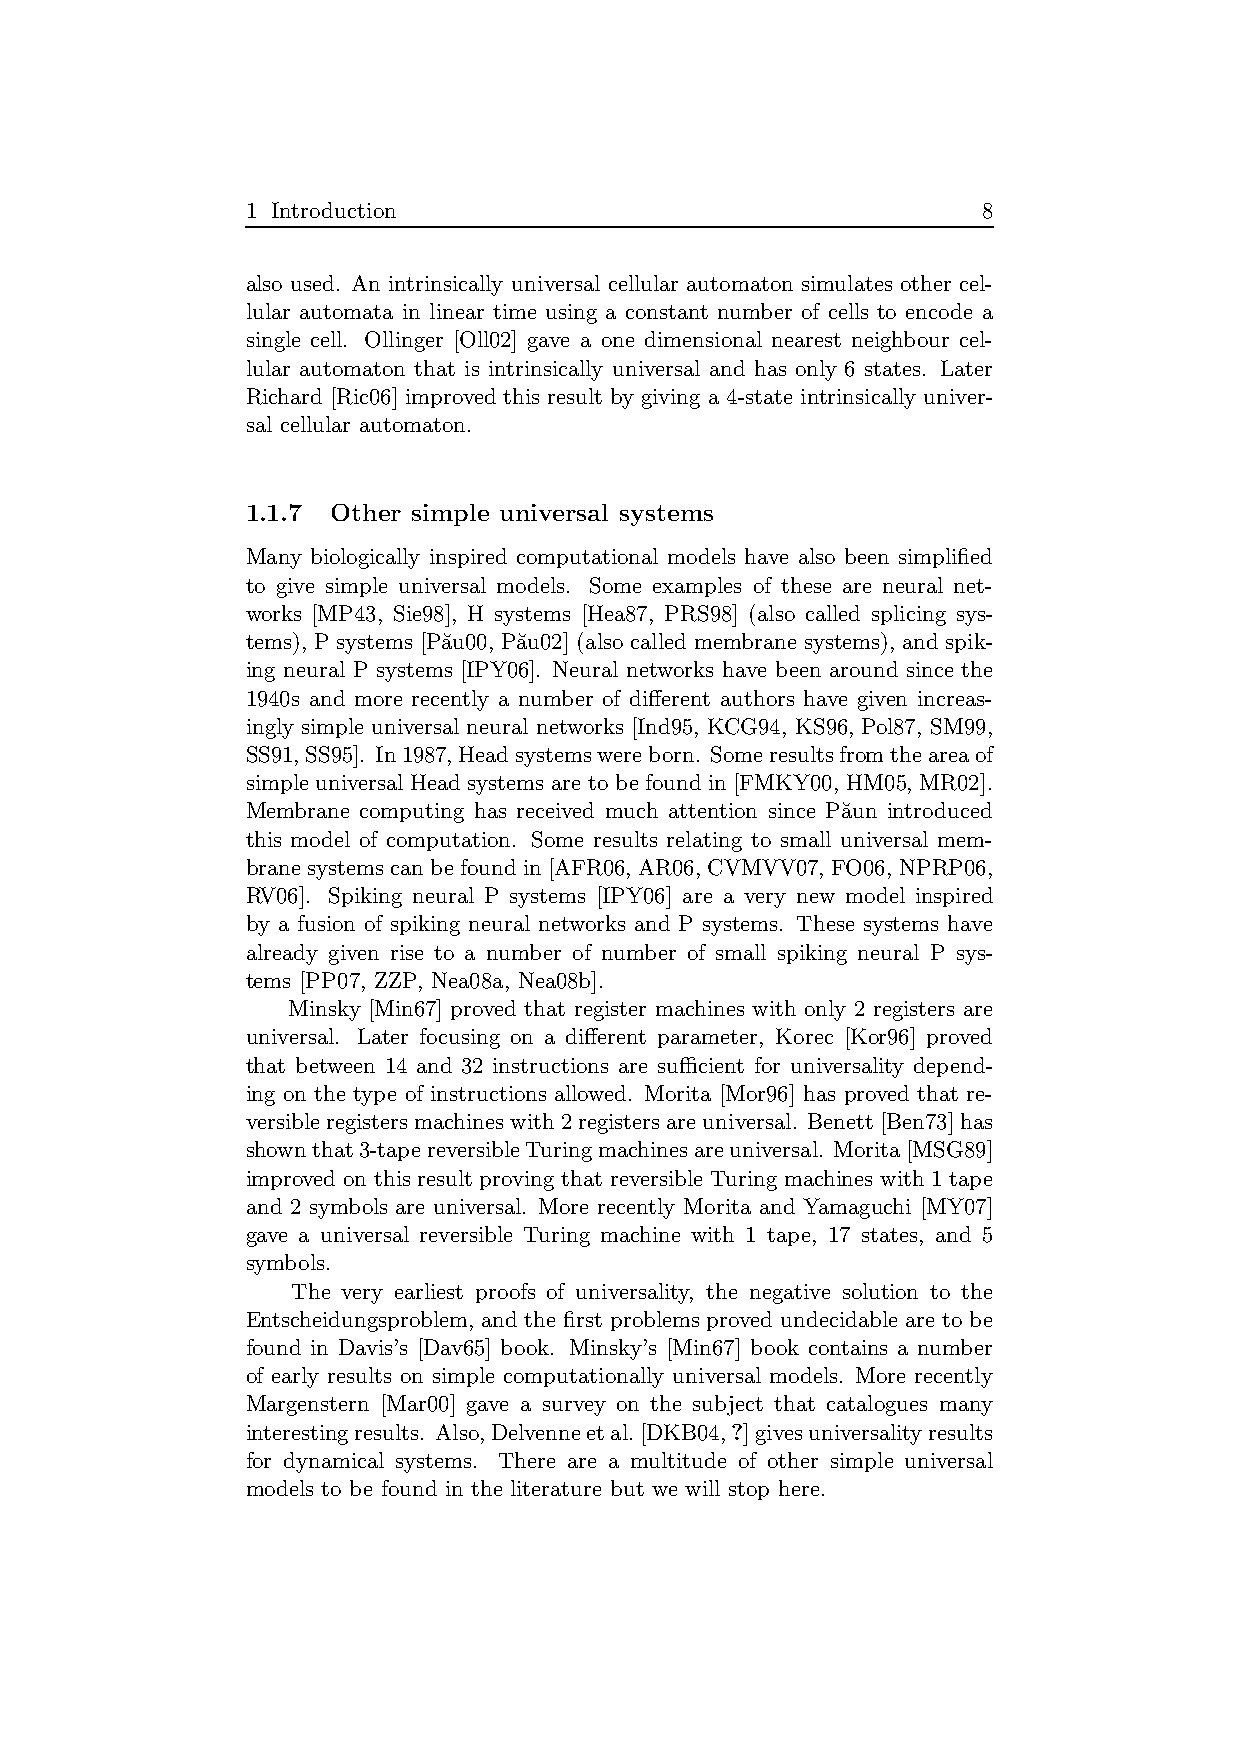
1 Introduction                                   8
 also used. An intrinsically universal cellular automaton simulates other cel-
 lular automata in linear time using a constant number of cells to encode a
 single cell. Ollinger [Oll02] gave a one dimensional nearest neighbour cel-
 lular automaton that is intrinsically universal and has only 6 states. Later
 Richard [Ric06] improved this result by giving a 4-state intrinsically univer-
 sal cellular automaton.
 1.1.7 Other simple universal systems
 Many biologically inspired computational models have also been simplified
 to give simple universal models. Some examples of these are neural net-
 works [MP43, Sie98], H systems [Hea87, PRS98] (also called splicing sys-
 tems), P systems [Pa˘u00, Pa˘u02] (also called membrane systems), and spik-
 ing neural P systems [IPY06]. Neural networks have been around since the
 1940s and more recently a number of different authors have given increas-
 ingly simple universal neural networks [Ind95, KCG94, KS96, Pol87, SM99,
 SS91,SS95]. In1987,Headsystemswereborn. Someresultsfromtheareaof
 simple universal Head systems are to be found in [FMKY00, HM05, MR02].
 Membrane computing has received much attention since Pa˘un introduced
 this model of computation. Some results relating to small universal mem-
 branesystems can befoundin [AFR06, AR06, CVMVV07, FO06, NPRP06,
 RV06]. Spiking neural P systems [IPY06] are a very new model inspired
 by a fusion of spiking neural networks and P systems. These systems have
 already given rise to a number of number of small spiking neural P sys-
 tems [PP07, ZZP, Nea08a, Nea08b].
 Minsky [Min67] proved that register machines with only 2 registers are
 universal. Later focusing on a different parameter, Korec [Kor96] proved
 that between 14 and 32 instructions are sufficient for universality depend-
 ing on the type of instructions allowed. Morita [Mor96] has proved that re-
 versibleregisters machineswith2registers areuniversal. Benett[Ben73]has
 shownthat3-tapereversibleTuringmachinesareuniversal. Morita[MSG89]
 improved on this result proving that reversible Turing machines with 1 tape
 and 2 symbols are universal. More recently Morita and Yamaguchi [MY07]
 gave a universal reversible Turing machine with 1 tape, 17 states, and 5
 symbols.
 The very earliest proofs of universality, the negative solution to the
 Entscheidungsproblem, and the first problems proved undecidable are to be
 found in Davis’s [Dav65] book. Minsky’s [Min67] book contains a number
 of early results on simple computationally universal models. More recently
 Margenstern [Mar00] gave a survey on the subject that catalogues many
 interestingresults. Also,Delvenneetal.[DKB04,?]givesuniversalityresults
 for dynamical systems. There are a multitude of other simple universal
 models to be found in the literature but we will stop here.